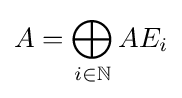
A=\bigoplus _{i\in \mathbb {N} }AE_{i}